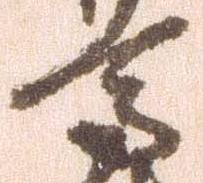
馬